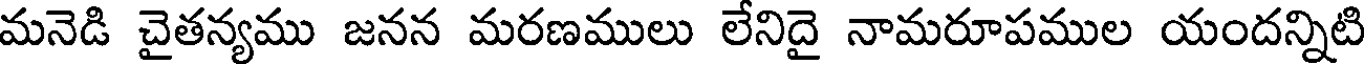
మనెడి చైతన్యము జనన మరణములు లేనిదై నామరూపముల యందన్నిటి